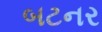
બટનર